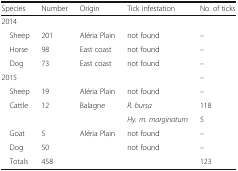
<table><thead><tr><td><b>Species</b></td><td><b>Number</b></td><td><b>Origin</b></td><td><b>Tick infestation</b></td><td><b>No. of ticks</b></td></tr></thead><tbody><tr><td colspan="5">2014</td></tr><tr><td> Sheep</td><td>201</td><td>Aléria Plain</td><td>not found</td><td>–</td></tr><tr><td> Horse</td><td>98</td><td>East coast</td><td>not found</td><td>–</td></tr><tr><td> Dog</td><td>73</td><td>East coast</td><td>not found</td><td>–</td></tr><tr><td colspan="4">2015</td><td>–</td></tr><tr><td> Sheep</td><td>19</td><td>Aléria Plain</td><td>not found</td><td>–</td></tr><tr><td> Cattle</td><td>12</td><td>Balagne</td><td><i>R. bursa</i></td><td>118</td></tr><tr><td></td><td></td><td></td><td><i>Hy. m. marginatum</i></td><td>5</td></tr><tr><td> Goat</td><td>5</td><td>Aléria Plain</td><td>not found</td><td>–</td></tr><tr><td> Dog</td><td>50</td><td></td><td>not found</td><td>–</td></tr><tr><td> Totals</td><td>458</td><td></td><td></td><td>123</td></tr></tbody></table>